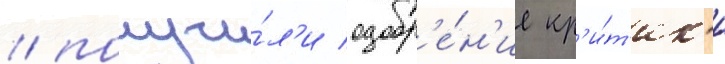
/ получи́л'и одобр'е́н'ие кр'и́т'ик'и